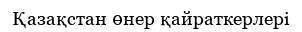
Қазақстан өнер қайраткерлері